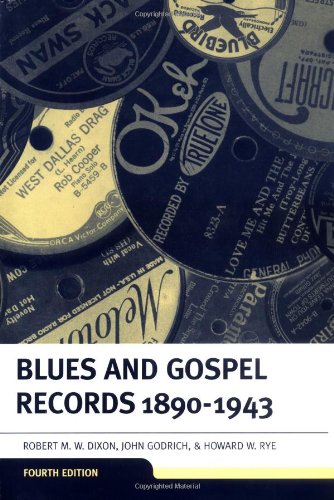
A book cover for Blues and Gospel Records: 1890-1943; Crafts, Hobbies & Home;